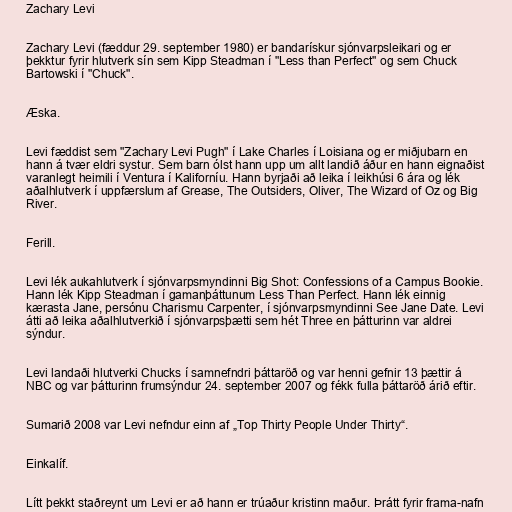
Zachary Levi

Zachary Levi (fæddur 29. september 1980) er bandarískur sjónvarpsleikari og er
þekktur fyrir hlutverk sín sem Kipp Steadman í "Less than Perfect" og sem Chuck
Bartowski í "Chuck".

Æska.

Levi fæddist sem "Zachary Levi Pugh" í Lake Charles í Loisiana og er miðjubarn en
hann á tvær eldri systur. Sem barn ólst hann upp um allt landið áður en hann eignaðist
varanlegt heimili í Ventura í Kaliforníu. Hann byrjaði að leika í leikhúsi 6 ára og lék
aðalhlutverk í uppfærslum af Grease, The Outsiders, Oliver, The Wizard of Oz og Big
River.

Ferill.

Levi lék aukahlutverk í sjónvarpsmyndinni Big Shot: Confessions of a Campus Bookie.
Hann lék Kipp Steadman í gamanþáttunum Less Than Perfect. Hann lék einnig
kærasta Jane, persónu Charismu Carpenter, í sjónvarpsmyndinni See Jane Date. Levi
átti að leika aðalhlutverkið í sjónvarpsþætti sem hét Three en þátturinn var aldrei
sýndur.

Levi landaði hlutverki Chucks í samnefndri þáttaröð og var henni gefnir 13 þættir á
NBC og var þátturinn frumsýndur 24. september 2007 og fékk fulla þáttaröð árið eftir.

Sumarið 2008 var Levi nefndur einn af „Top Thirty People Under Thirty“.

Einkalíf.

Lítt þekkt staðreynt um Levi er að hann er trúaður kristinn maður. Þrátt fyrir frama-nafn